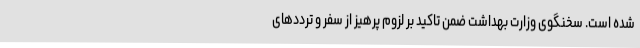
شده است. سخنگوی وزارت بهداشت ضمن تاکید بر لزوم پرهیز از سفر و ترددهای